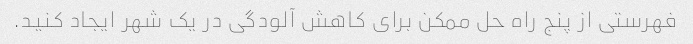
فهرستی از پنج راه حل ممکن برای کاهش آلودگی در یک شهر ایجاد کنید.